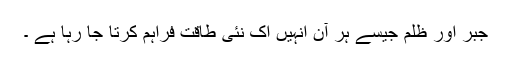
جبر اور ظلم جیسے ہر آن انہیں اک نئی طاقت فراہم کرتا جا رہا ہے ۔